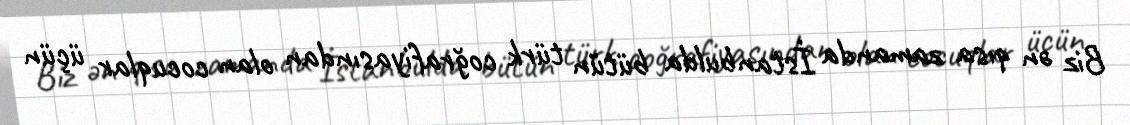
Biz ən qısa zamanda İstanbulda bütün türk coğrafiyasından olan cocuqlar üçün